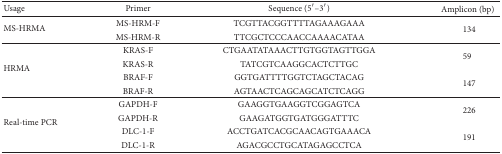
<table><thead><tr><td><b>Usage</b></td><td><b>Primer</b></td><td><b>Sequence (5′–3′)</b></td><td><b>Amplicon (bp)</b></td></tr></thead><tbody><tr><td rowspan="2">MS-HRMA</td><td>MS-HRM-F</td><td>TCGTTACGGTTTTAGAAAGAAA </td><td rowspan="2">134</td></tr><tr><td>MS-HRM-R</td><td>TTCGCTCCCAACCAAAACATAA</td></tr><tr><td rowspan="4">HRMA</td><td>KRAS-F</td><td>CTGAATATAAACTTGTGGTAGTTGGA</td><td rowspan="2">59</td></tr><tr><td>KRAS-R</td><td>TATCGTCAAGGCACTCTTGC</td></tr><tr><td>BRAF-F</td><td>GGTGATTTTGGTCTAGCTACAG</td><td rowspan="2">147</td></tr><tr><td>BRAF-R</td><td>AGTAACTCAGCAGCATCTCAGG</td></tr><tr><td rowspan="4">Real-time PCR</td><td>GAPDH-F</td><td>GAAGGTGAAGGTCGGAGTCA</td><td rowspan="2">226</td></tr><tr><td>GAPDH-R</td><td>GAAGATGGTGATGGGATTTC</td></tr><tr><td>DLC-1-F</td><td>ACCTGATCACGCAACAGTGAAACA</td><td rowspan="2">191</td></tr><tr><td>DLC-1-R</td><td>AGACGCCTGCATAGAGCCTCA</td></tr></tbody></table>